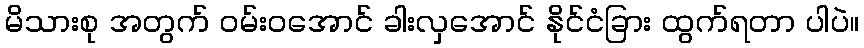
မိသားစု အတွက် ဝမ်းဝအောင် ခါးလှအောင် နိုင်ငံခြား ထွက်ရတာ ပါပဲ။